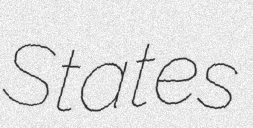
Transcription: States